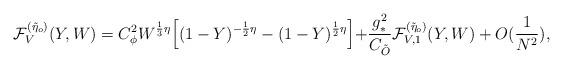
LaTeX: \begin{align*}{\cal{F}}_{V}^{(\tilde{\eta}_{o})}(Y,W) =C_{\phi}^{2}W^{\frac{1}{3}\eta}\Bigl[(1-Y)^{-\frac{1}{2}\eta}-(1-Y)^{\frac{1}{2}\eta}\Bigl]+\frac{g_{*}^{2}}{C_{\tilde{O}}}{\cal{F}}_{V,1}^{(\tilde{\eta}_{o})}(Y,W)+O(\frac{1}{N^{2}}),\end{align*}